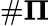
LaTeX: \# {\mathbf\Pi}